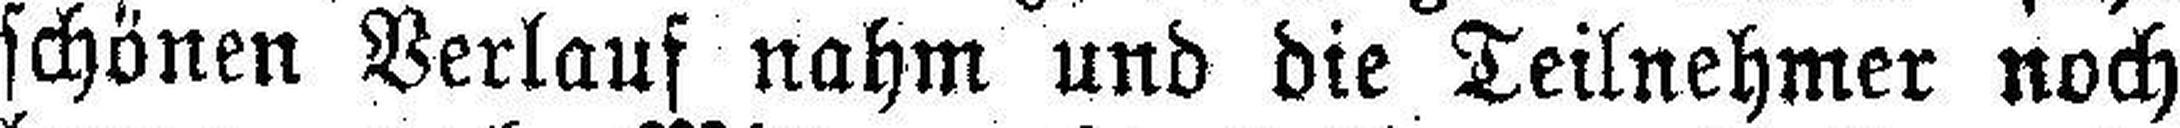
schönen Verlauf nahm und die Teilnehmer noch